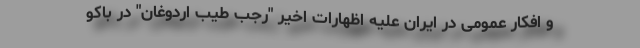
و افکار عمومی در ایران علیه اظهارات اخیر "رجب طیب اردوغان" در باکو